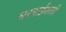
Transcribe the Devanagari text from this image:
भरपाईसाठी